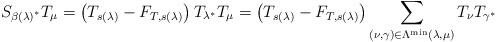
LaTeX: \begin{align*}S_{\beta \left( \lambda \right) ^{\ast }}T_{\mu }=\left( T_{s\left( \lambda\right) }-F_{T,s\left( \lambda \right) }\right) T_{\lambda ^{\ast }}T_{\mu}=\left( T_{s\left( \lambda \right) }-F_{T,s\left( \lambda \right) }\right)\sum_{(\nu ,\gamma )\in \Lambda ^{\min }\left( \lambda ,\mu \right) }T_{\nu}T_{\gamma ^{\ast }} \end{align*}